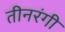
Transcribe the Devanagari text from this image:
तीनरंगी